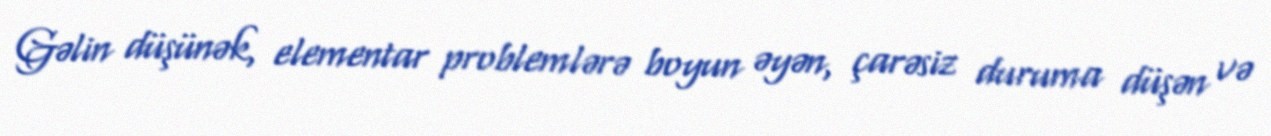
Gəlin düşünək, elementar problemlərə boyun əyən, çarəsiz duruma düşən və